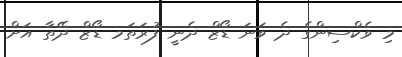
މި ވެކްސިންގެ ދެ ވަނަ ޑޯޒް ދެނީ ފުރަތަމ ޑޯޒް ދޭތާ އަށް